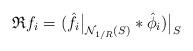
LaTeX: \begin{align*}\mathfrak R f_i = (\hat f_i \big|_{\mathcal N_{1/R} (S)} \ast \hat \phi_i) \big|_S\end{align*}